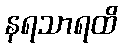
နရသာရထိ